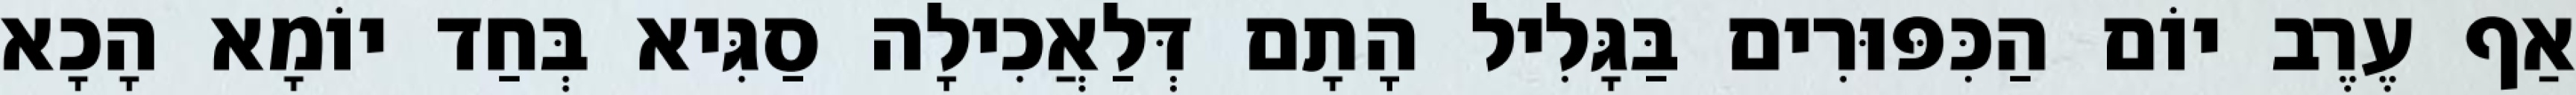
אַף עֶרֶב יוֹם הַכִּפּוּרִים בַּגָּלִיל הָתָם דְּלַאֲכִילָה סַגִּיא בְּחַד יוֹמָא הָכָא